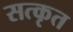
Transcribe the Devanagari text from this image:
सत्कृत